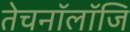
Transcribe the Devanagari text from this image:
तेचनॉलॉजि